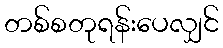
တစ်စတုရန်းပေလျှင်